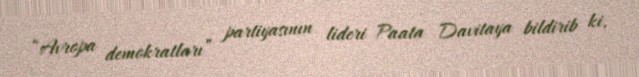
“Avropa demokratları” partiyasının lideri Paata Davitaya bildirib ki,